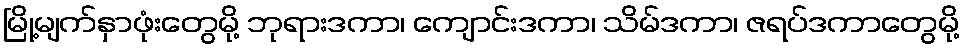
မြို့မျက်နှာဖုံးတွေမို့ ဘုရားဒကာ၊ ကျောင်းဒကာ၊ သိမ်ဒကာ၊ ဇရပ်ဒကာတွေမို့